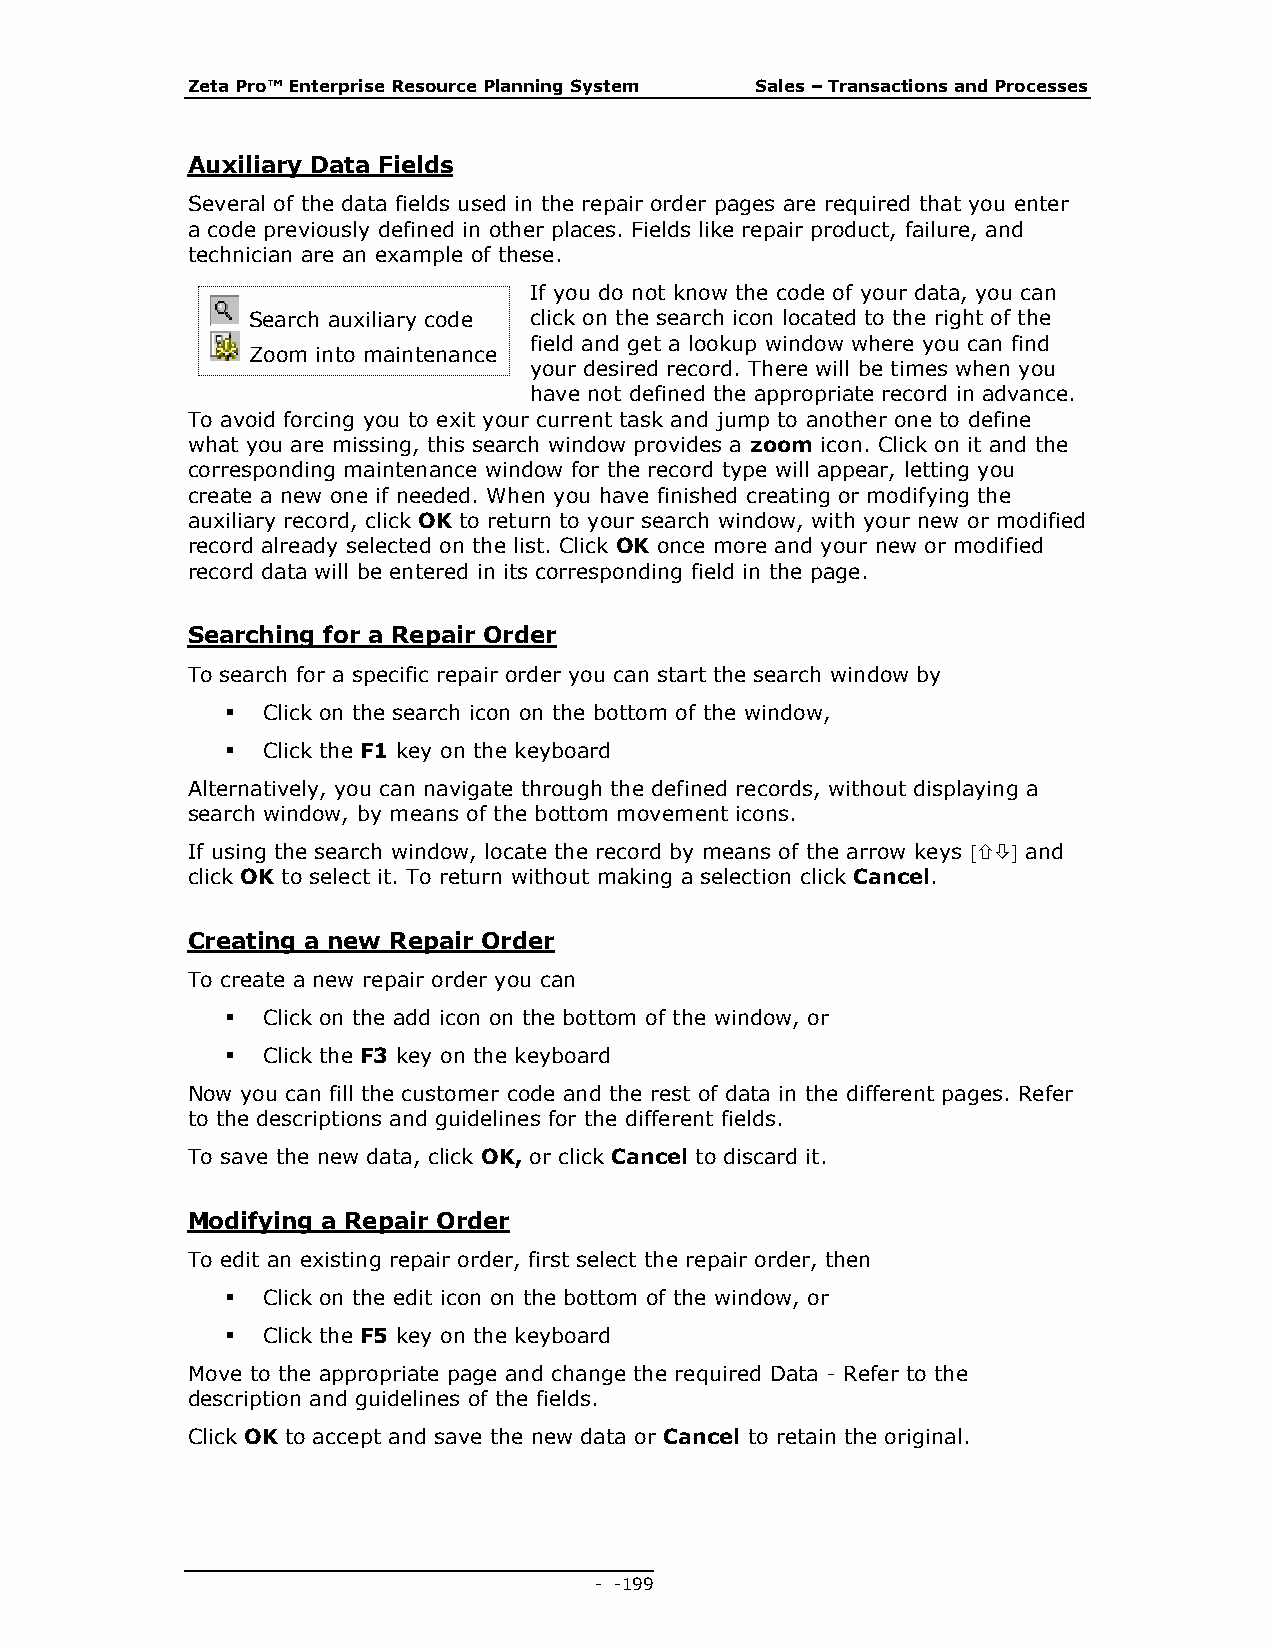
Zeta Pro™ Enterprise Resource Planning System Sales – Transactions and Processes
 Auxiliary Data Fields
 Several of the data fields used in the repair order pages are required that you enter
 a code previously defined in other places. Fields like repair product, failure, and
 technician are an example of these.
 If you do not know the code of your data, you can
 Search auxiliary code click on the search icon located to the right of the
 field and get a lookup window where you can find
 Zoom into maintenance
 your desired record. There will be times when you
 have not defined the appropriate record in advance.
 To avoid forcing you to exit your current task and jump to another one to define
 what you are missing, this search window provides a zoom icon. Click on it and the
 corresponding maintenance window for the record type will appear, letting you
 create a new one if needed. When you have finished creating or modifying the
 auxiliary record, click OK to return to your search window, with your new or modified
 record already selected on the list. Click OK once more and your new or modified
 record data will be entered in its corresponding field in the page.
 Searching for a Repair Order
 To search for a specific repair order you can start the search window by
  Click on the search icon on the bottom of the window,
  Click the F1 key on the keyboard
 Alternatively, you can navigate through the defined records, without displaying a
 search window, by means of the bottom movement icons.
 If using the search window, locate the record by means of the arrow keys  and
 click OK to select it. To return without making a selection click Cancel.
 Creating a new Repair Order
 To create a new repair order you can
  Click on the add icon on the bottom of the window, or
  Click the F3 key on the keyboard
 Now you can fill the customer code and the rest of data in the different pages. Refer
 to the descriptions and guidelines for the different fields.
 To save the new data, click OK, or click Cancel to discard it.
 Modifying a Repair Order
 To edit an existing repair order, first select the repair order, then
  Click on the edit icon on the bottom of the window, or
  Click the F5 key on the keyboard
 Move to the appropriate page and change the required Data - Refer to the
 description and guidelines of the fields.
 Click OK to accept and save the new data or Cancel to retain the original.
 - - 199